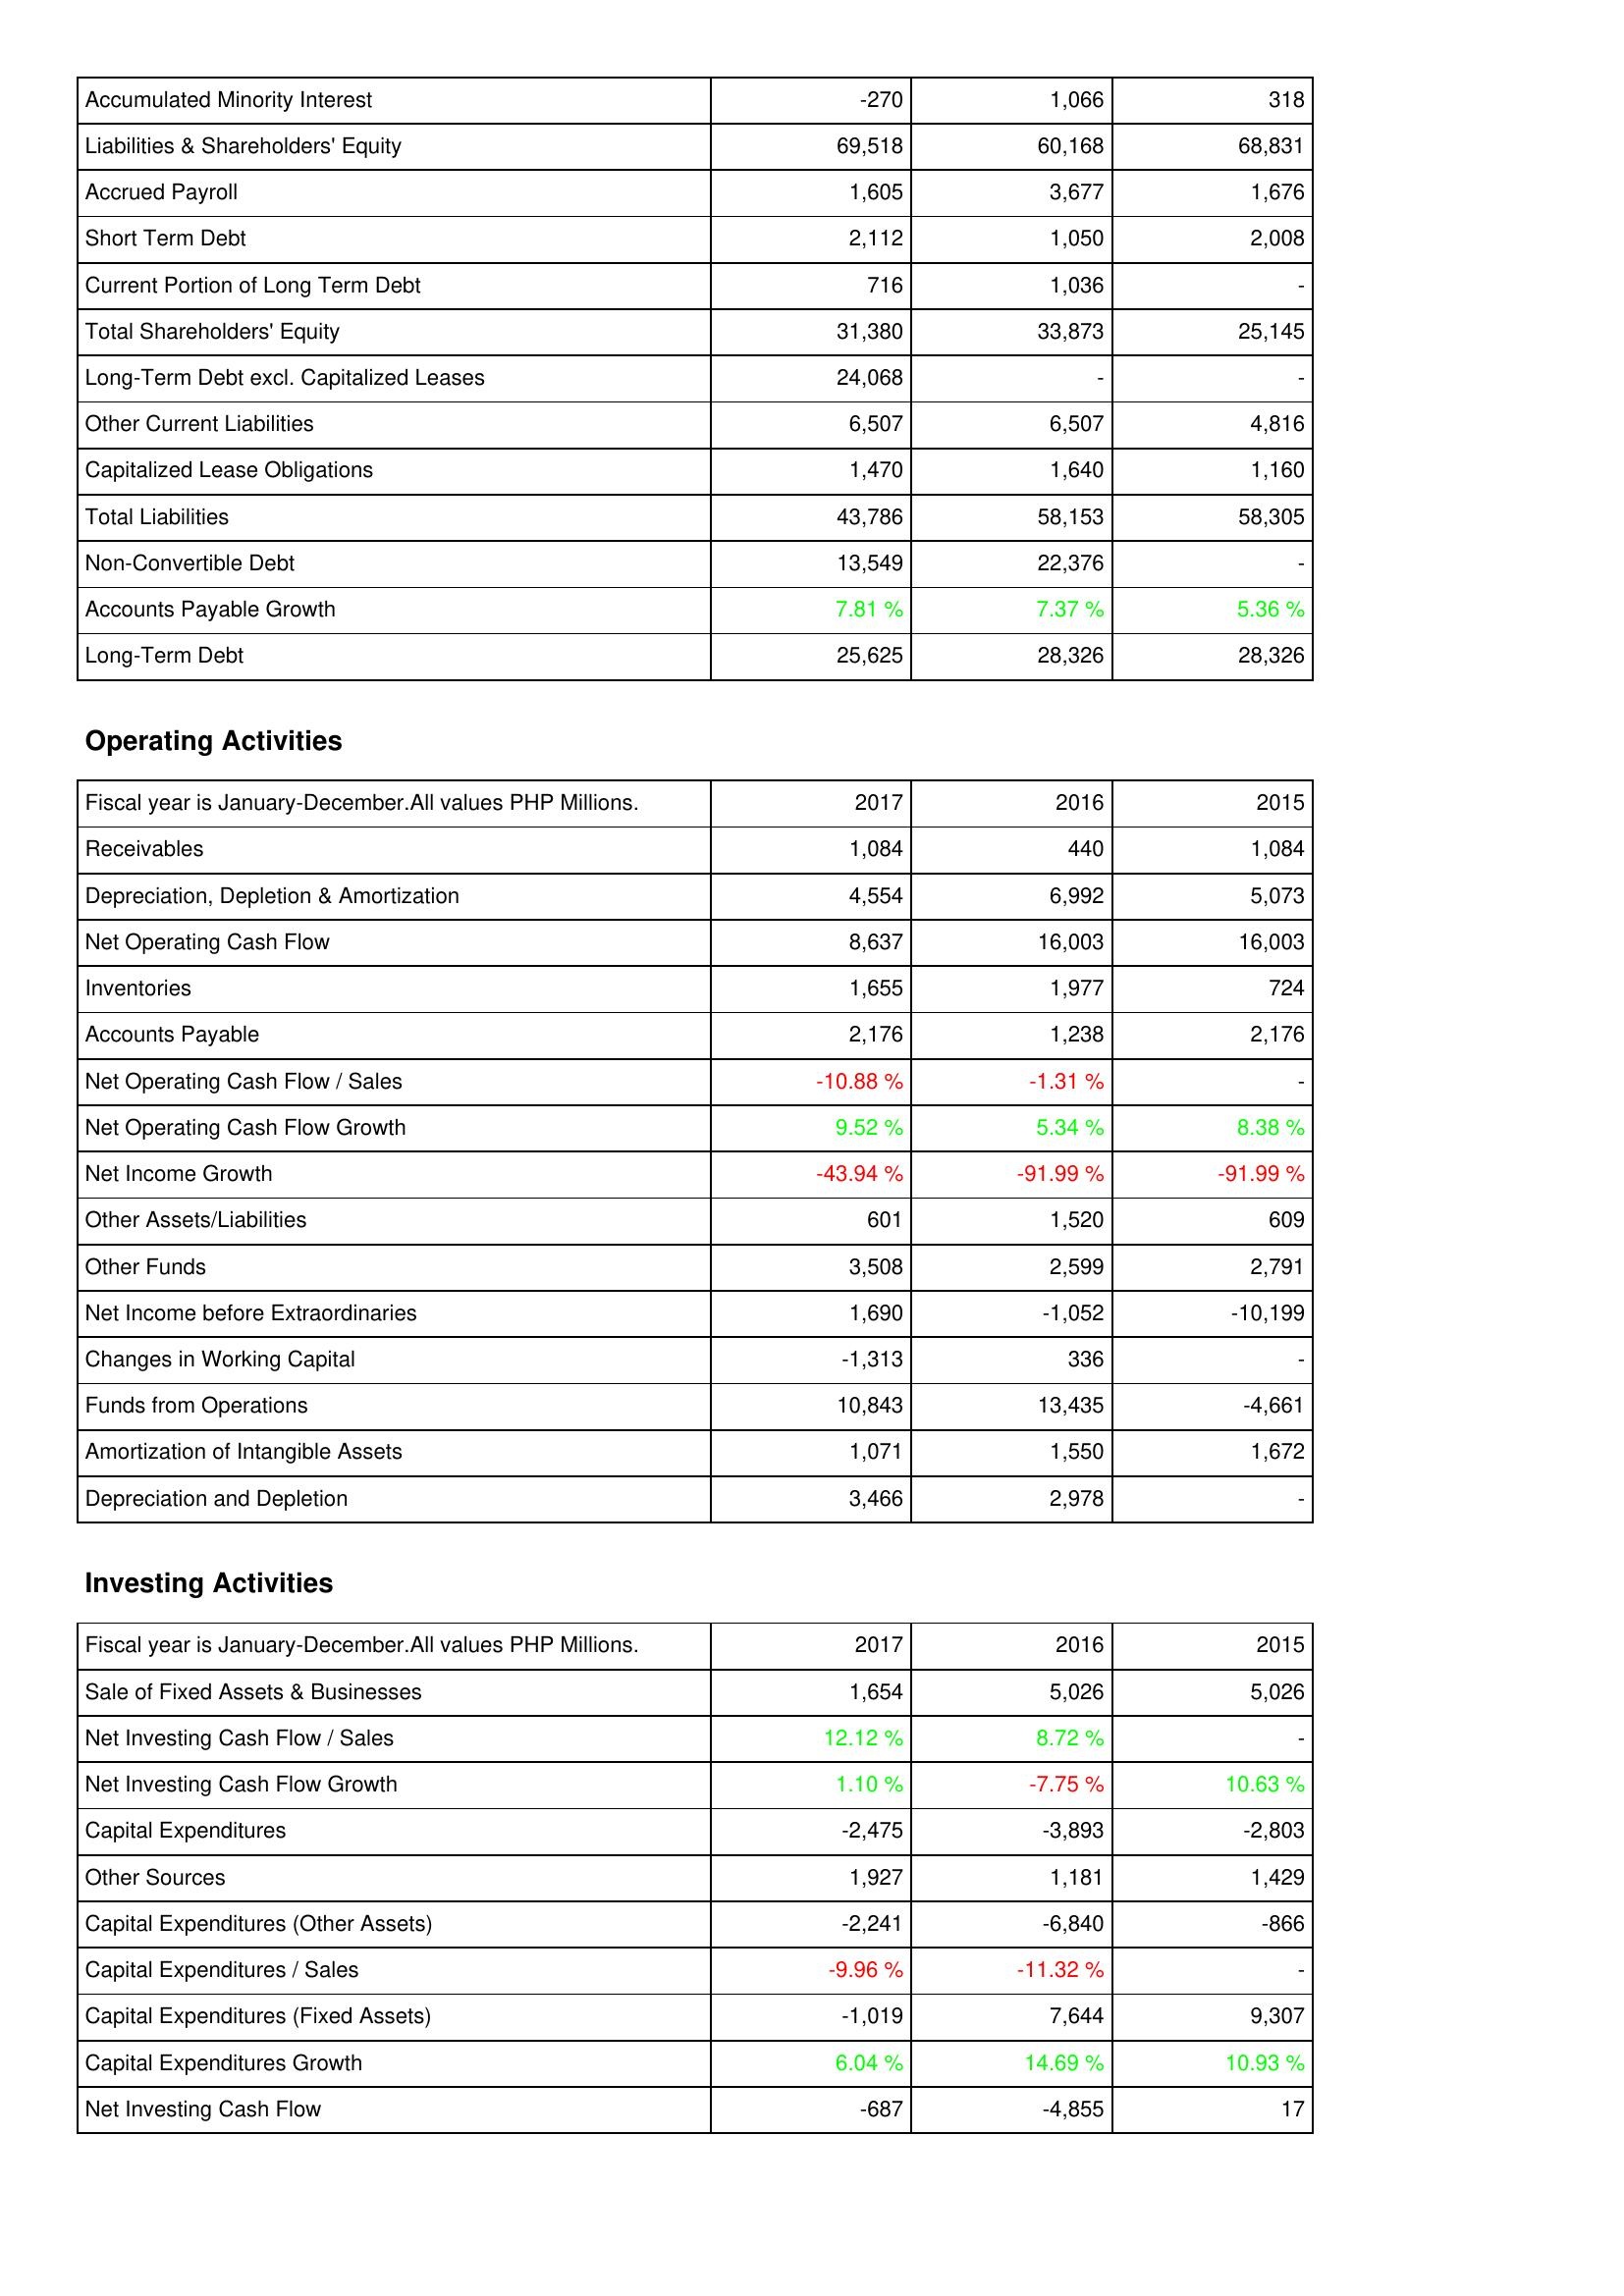
2017: Liabilities & Shareholders' Equity: Accumulated Minority Interest: -270
Liabilities & Shareholders' Equity: 69,518
Accrued Payroll: 1,605
Short Term Debt: 2,112
Current Portion of Long Term Debt: 716
Total Shareholders' Equity: 31,380
Long-Term Debt excl. Capitalized Leases: 24,068
Other Current Liabilities: 6,507
Capitalized Lease Obligations: 1,470
Total Liabilities: 43,786
Non-Convertible Debt: 13,549
Accounts Payable Growth: 7.81 %
Long-Term Debt: 25,625
Operating Activities: Receivables: 1,084
Depreciation, Depletion & Amortization: 4,554
Net Operating Cash Flow: 8,637
Inventories: 1,655
Accounts Payable: 2,176
Net Operating Cash Flow / Sales: -10.88 %
Net Operating Cash Flow Growth: 9.52 %
Net Income Growth: -43.94 %
Other Assets/Liabilities: 601
Other Funds: 3,508
Net Income before Extraordinaries: 1,690
Changes in Working Capital: -1,313
Funds from Operations: 10,843
Amortization of Intangible Assets: 1,071
Depreciation and Depletion: 3,466
Investing Activities: Sale of Fixed Assets & Businesses: 1,654
Net Investing Cash Flow / Sales: 12.12 %
Net Investing Cash Flow Growth: 1.10 %
Capital Expenditures: -2,475
Other Sources: 1,927
Capital Expenditures (Other Assets): -2,241
Capital Expenditures / Sales: -9.96 %
Capital Expenditures (Fixed Assets): -1,019
Capital Expenditures Growth: 6.04 %
Net Investing Cash Flow: -687
2016: Liabilities & Shareholders' Equity: Accumulated Minority Interest: 1,066
Liabilities & Shareholders' Equity: 60,168
Accrued Payroll: 3,677
Short Term Debt: 1,050
Current Portion of Long Term Debt: 1,036
Total Shareholders' Equity: 33,873
Long-Term Debt excl. Capitalized Leases: -
Other Current Liabilities: 6,507
Capitalized Lease Obligations: 1,640
Total Liabilities: 58,153
Non-Convertible Debt: 22,376
Accounts Payable Growth: 7.37 %
Long-Term Debt: 28,326
Operating Activities: Receivables: 440
Depreciation, Depletion & Amortization: 6,992
Net Operating Cash Flow: 16,003
Inventories: 1,977
Accounts Payable: 1,238
Net Operating Cash Flow / Sales: -1.31 %
Net Operating Cash Flow Growth: 5.34 %
Net Income Growth: -91.99 %
Other Assets/Liabilities: 1,520
Other Funds: 2,599
Net Income before Extraordinaries: -1,052
Changes in Working Capital: 336
Funds from Operations: 13,435
Amortization of Intangible Assets: 1,550
Depreciation and Depletion: 2,978
Investing Activities: Sale of Fixed Assets & Businesses: 5,026
Net Investing Cash Flow / Sales: 8.72 %
Net Investing Cash Flow Growth: -7.75 %
Capital Expenditures: -3,893
Other Sources: 1,181
Capital Expenditures (Other Assets): -6,840
Capital Expenditures / Sales: -11.32 %
Capital Expenditures (Fixed Assets): 7,644
Capital Expenditures Growth: 14.69 %
Net Investing Cash Flow: -4,855
2015: Liabilities & Shareholders' Equity: Accumulated Minority Interest: 318
Liabilities & Shareholders' Equity: 68,831
Accrued Payroll: 1,676
Short Term Debt: 2,008
Current Portion of Long Term Debt: -
Total Shareholders' Equity: 25,145
Long-Term Debt excl. Capitalized Leases: -
Other Current Liabilities: 4,816
Capitalized Lease Obligations: 1,160
Total Liabilities: 58,305
Non-Convertible Debt: -
Accounts Payable Growth: 5.36 %
Long-Term Debt: 28,326
Operating Activities: Receivables: 1,084
Depreciation, Depletion & Amortization: 5,073
Net Operating Cash Flow: 16,003
Inventories: 724
Accounts Payable: 2,176
Net Operating Cash Flow / Sales: -
Net Operating Cash Flow Growth: 8.38 %
Net Income Growth: -91.99 %
Other Assets/Liabilities: 609
Other Funds: 2,791
Net Income before Extraordinaries: -10,199
Changes in Working Capital: -
Funds from Operations: -4,661
Amortization of Intangible Assets: 1,672
Depreciation and Depletion: -
Investing Activities: Sale of Fixed Assets & Businesses: 5,026
Net Investing Cash Flow / Sales: -
Net Investing Cash Flow Growth: 10.63 %
Capital Expenditures: -2,803
Other Sources: 1,429
Capital Expenditures (Other Assets): -866
Capital Expenditures / Sales: -
Capital Expenditures (Fixed Assets): 9,307
Capital Expenditures Growth: 10.93 %
Net Investing Cash Flow: 17